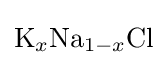
\mathrm {K} _{x}\mathrm {Na} _{1-x}\mathrm {Cl}